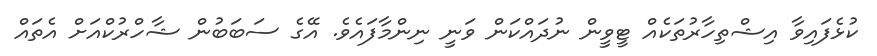
ކުޅެފައިވާ އިޝްތިހާރުތަކެއް ޓީވީން ނުދައްކަން ވަނީ ނިންމާފައެވެ. އޭގެ ސަބަބުން ޝާހްރުކްއަށް އެތައް